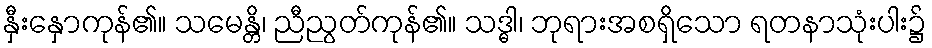
နှီးနှောကုန်၏။ သမေန္တိ၊ ညီညွတ်ကုန်၏။ သဒ္ဓါ၊ ဘုရားအစရှိသော ရတနာသုံးပါး၌